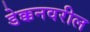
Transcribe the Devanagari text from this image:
डेक्कनवरील